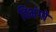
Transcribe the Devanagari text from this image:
विभंगों